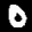
Label: 0